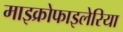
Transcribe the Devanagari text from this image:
माइक्रोफाइलेरिया